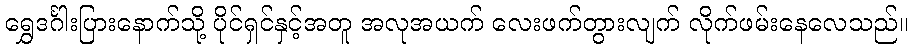
ရွှေဒင်္ဂါးပြားနောက်သို့ ပိုင်ရှင်နှင့်အတူ အလုအယက် လေးဖက်တွားလျက် လိုက်ဖမ်းနေလေသည်။